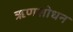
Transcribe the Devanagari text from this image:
ऋणशोधन